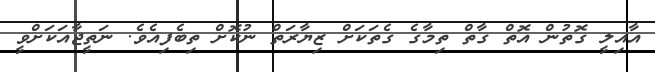
އާއިލީ ގޮތުން އޮތް ގާތް ތިމާގެ ގެތަކަށް ޒިޔާރަތް ނުކޮށް ތިބެފިއެވެ. ނަތީޖާއަކަށްވީ